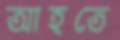
আহতে